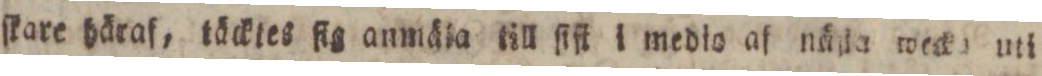
ſkare häraf, täcktes fig anmäla till ſiſt i medio af näla meck uti